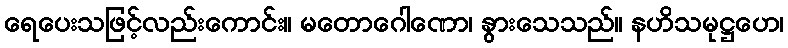
ရေပေးသဖြင့်လည်းကောင်း။ မတောဂေါဏော၊ နွားသေသည်။ နဟိသမုဋ္ဌဟေ၊